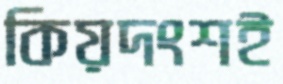
কিয়দংশই